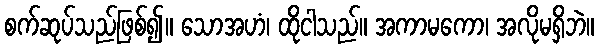
စက်ဆုပ်သည်ဖြစ်၍။ သောအဟံ၊ ထိုငါသည်။ အကာမကော၊ အလိုမရှိဘဲ။